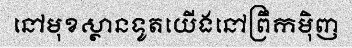
នៅមុខស្ថានទូតយើងនៅព្រឹកម៉ិញ